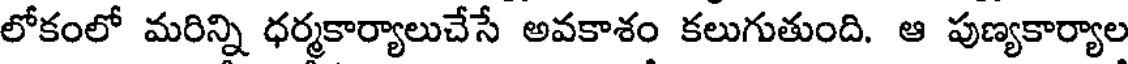
లోకంలో మరిన్ని ధర్మకార్యాలుచేసే అవకాశం కలుగుతుంది. ఆ పుణ్యకార్యాల